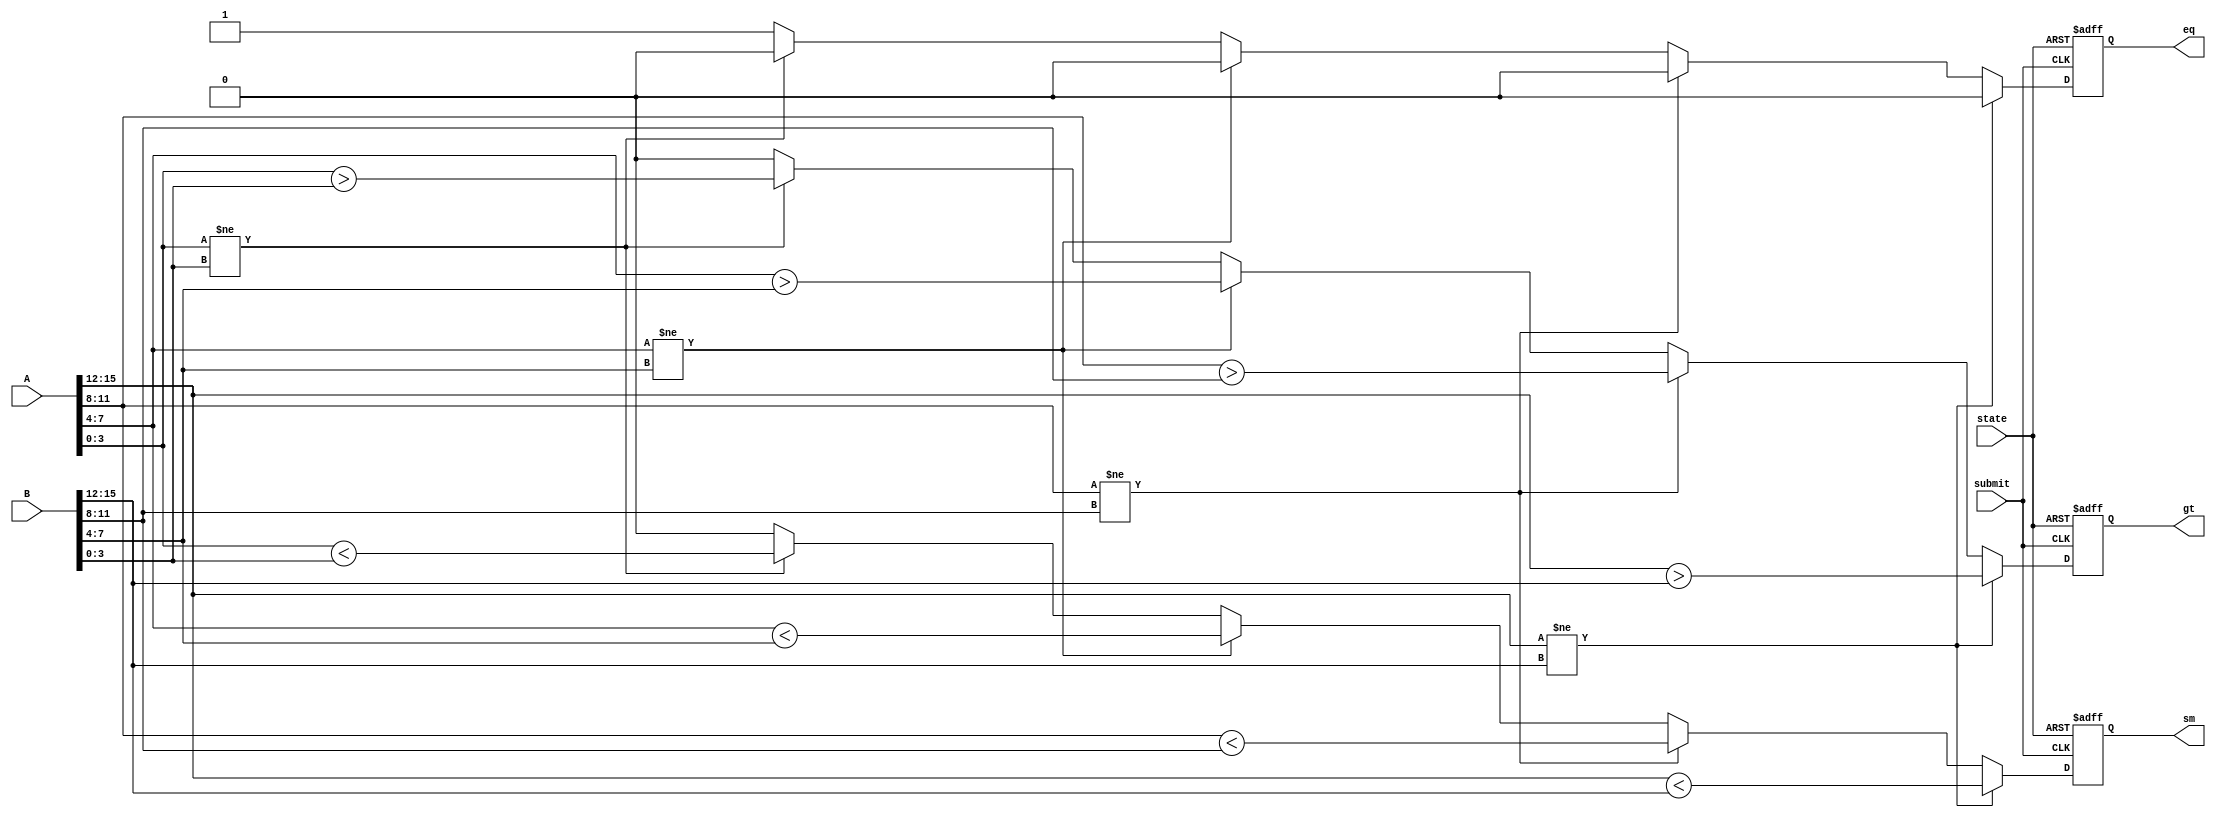
module BCD_comparator (eq, gt, sm, state,submit, A, B);
	output reg eq, gt, sm;		// eq equal, gt greater, sm smaller
	input submit, state;
	input [15:0] A, B;

	
	initial begin gt = 1'b0; eq = 1'b0; sm = 1'b0; end
	
	
	always @(negedge submit, negedge state ) begin
	if ( !state ) begin gt <= 1'b0; eq <= 1'b0; sm <= 1'b0; end
	else begin
		if ( A[15:12] != B[15:12] ) begin 
			gt <=  A[15:12] >  B[15:12];
			sm <=  A[15:12] <  B[15:12];
			eq <=  1'b0;
		end
		else if ( A[11: 8] != B[11: 8] ) begin
			gt <=  A[11: 8] >  B[11: 8];
			sm <=  A[11: 8] <  B[11: 8];
			eq <=  1'b0;
		end
		else if ( A[ 7: 4] != B[ 7: 4] ) begin
			gt <=  A[ 7: 4] >  B[ 7: 4];
			sm <=  A[ 7: 4] <  B[ 7: 4];
			eq <=  1'b0;
		end
		else if ( A[ 3: 0] != B[ 3: 0] ) begin
			gt <=  A[ 3: 0] >  B[ 3: 0];
			sm <=  A[ 3: 0] <  B[ 3: 0];
			eq <=  1'b0;
		end
		else begin eq <= 1'b1; sm <= 1'b0; gt <= 1'b0; end
	end
	end
endmodule